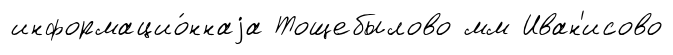
информацио́ннаjа Тощебылово мм Иван'исово